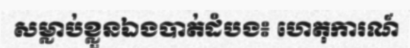
សម្លាប់ខ្លួនឯងបាត់ដំបង៖ ហេតុការណ៍